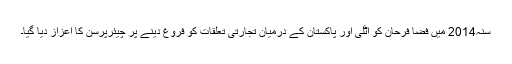
سنہ2014 میں فضا فرحان کو اٹلی اور پاکستان کے درمیان تجارتی تعلقات کو فروغ دینے پر چیئرپرسن کا اعزاز دیا گیا۔